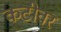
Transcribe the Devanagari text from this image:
कटीवर